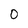
Character: 0